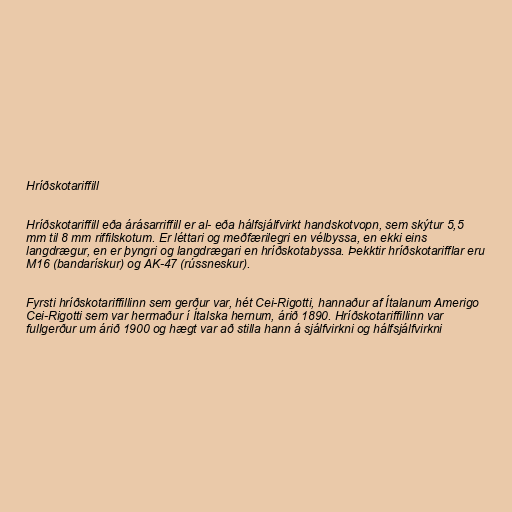
Hríðskotariffill

Hríðskotariffill eða árásarriffill er al- eða hálfsjálfvirkt handskotvopn, sem skýtur 5,5
mm til 8 mm riffilskotum. Er léttari og meðfærilegri en vélbyssa, en ekki eins
langdrægur, en er þyngri og langdrægari en hríðskotabyssa. Þekktir hríðskotarifflar eru
M16 (bandarískur) og AK-47 (rússneskur).

Fyrsti hríðskotariffillinn sem gerður var, hét Cei-Rigotti, hannaður af Ítalanum Amerigo
Cei-Rigotti sem var hermaður í Ítalska hernum, árið 1890. Hríðskotariffillinn var
fullgerður um árið 1900 og hægt var að stilla hann á sjálfvirkni og hálfsjálfvirkni